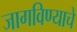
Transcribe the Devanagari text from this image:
जागविण्याचे